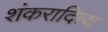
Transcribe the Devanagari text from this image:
शंकरादित्य